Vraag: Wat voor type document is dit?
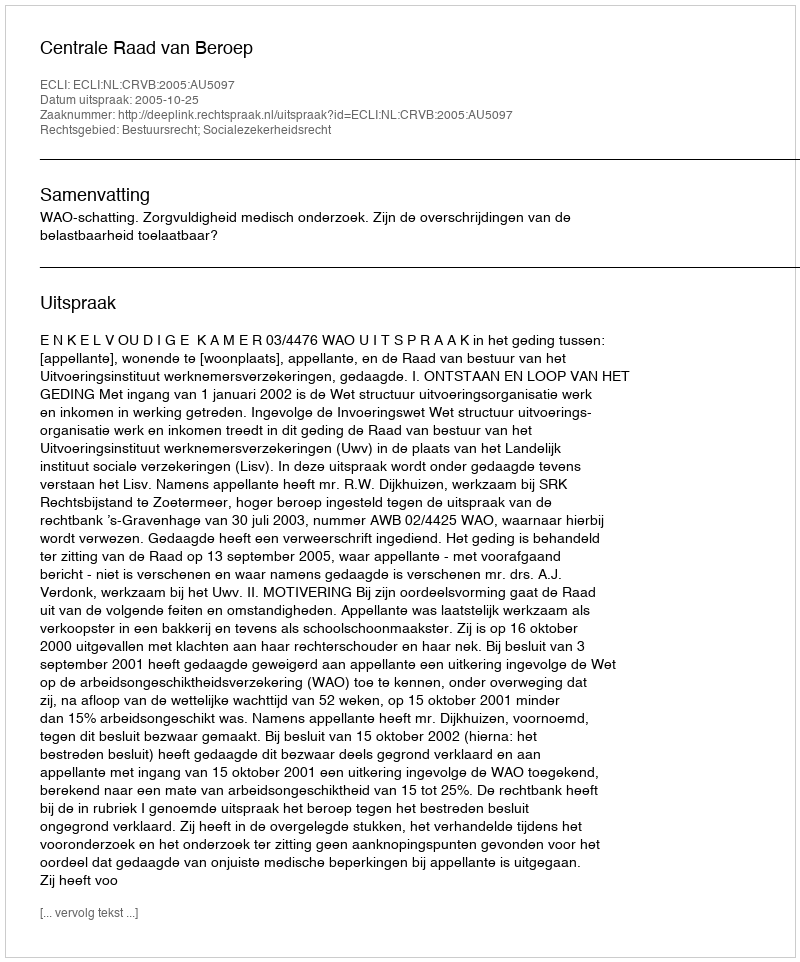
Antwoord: Uitspraak